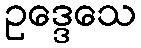
ဥဒ္ဒေသေ